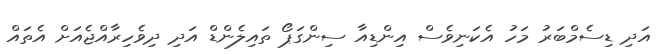
އަދި ޑިސެމްބަރު މަހު އެކަނިވެސް އިންޑިއާ ސިންގަޕޯ ތައިލެންޑް އަދި ދިވެހިރާއްޖެއަށް އެތައް